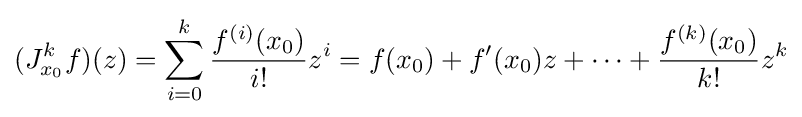
(J_{x_{0}}^{k}f)(z)=\sum _{i=0}^{k}{\frac {f^{(i)}(x_{0})}{i!}}z^{i}=f(x_{0})+f'(x_{0})z+\cdots +{\frac {f^{(k)}(x_{0})}{k!}}z^{k}